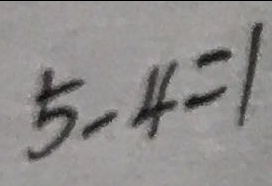
5 - 4 = 1